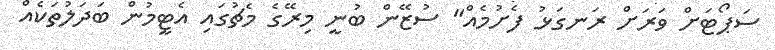
ސަޕޯޓަށް ވަރަށް ރަނގަޅު ފެށުމެއް" ސުޒޭން ބުނީ މިރޭގެ މެޗުގައި އެޓީމުން ބަދަލުތަކެއް